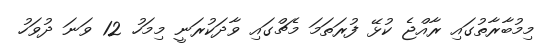
މިމުބާރާތުގައި ރާއްޖެ ކުޅޭ ފުރަތަމަ މެޗްގައި ވާދަކުރަނީ މިމަހު 12 ވަނަ ދުވަހު